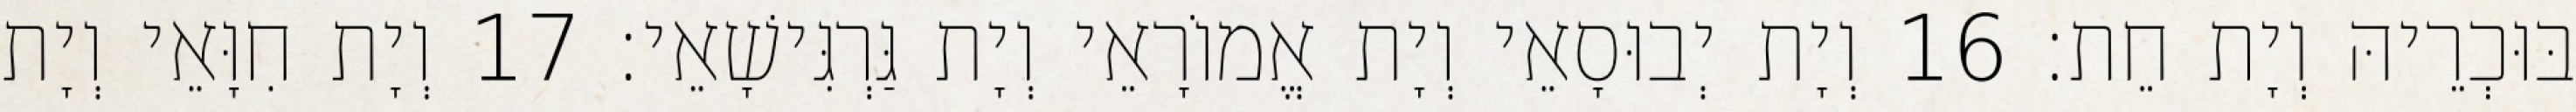
בּוּכְרֵיהּ וְיָת חֵת׃ 16 וְיָת יְבוּסָאֵי וְיָת אֱמוֹרָאֵי וְיָת גַּרְגִּישָׁאֵי׃ 17 וְיָת חִוָּאֵי וְיָת